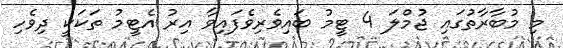
މި މުބާރާތުގައި ޖުމްލަ 4 ޓީމު ބައިވެރިވެފައިވާ އިރު އެޓީމު ތަކަކީ ދިވެހި